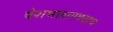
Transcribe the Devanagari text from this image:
देशभक्ताएवढाच